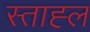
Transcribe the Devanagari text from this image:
स्ताह्ल